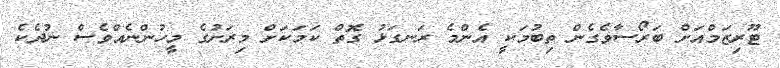
ޓޫރިޒަމްއަށް ބަރޯސާވެގެން ތިބުމަކީ އެންމެ ރަނގަޅު ގޮތް ކަމަކަށް މިރަށުގެ މީހުންނެއްވެސް ނުދެކެ